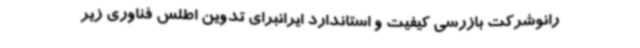
رانوشرکت بازرسی کیفیت و استاندارد ایرانبرای تدوین اطلس فناوری زیر